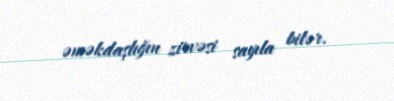
əməkdaşlığın zirvəsi sayıla bilər.